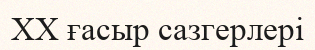
XX ғасыр сазгерлері